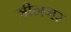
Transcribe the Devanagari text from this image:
त्रीनगर